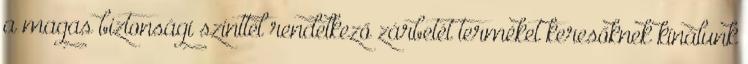
a magas biztonsági szinttel rendelkező zárbetét terméket keresőknek kínálunk